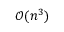
{ \mathcal { O } } ( n ^ { 3 } )